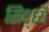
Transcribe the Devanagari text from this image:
सिद्ध्यै